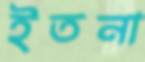
ইতনা